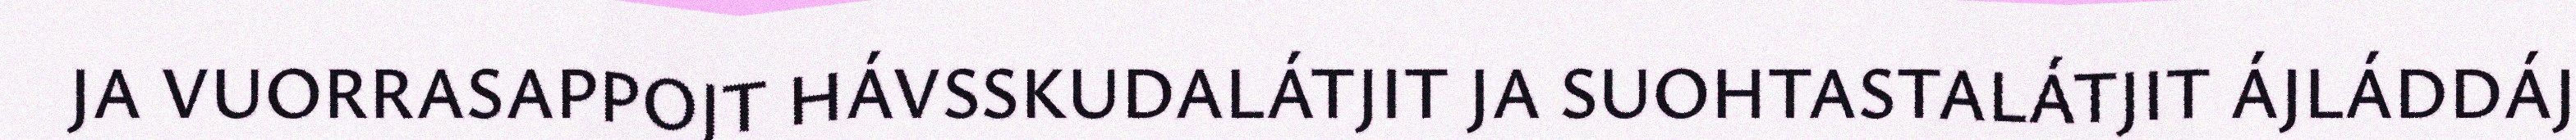
JA VUORRASAPPOJT HÁVSSKUDALÁTJIT JA SUOHTASTALÁTJIT ÁJLÁDDÁJ